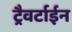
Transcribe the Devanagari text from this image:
ट्रैवर्टाईन